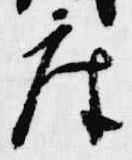
座